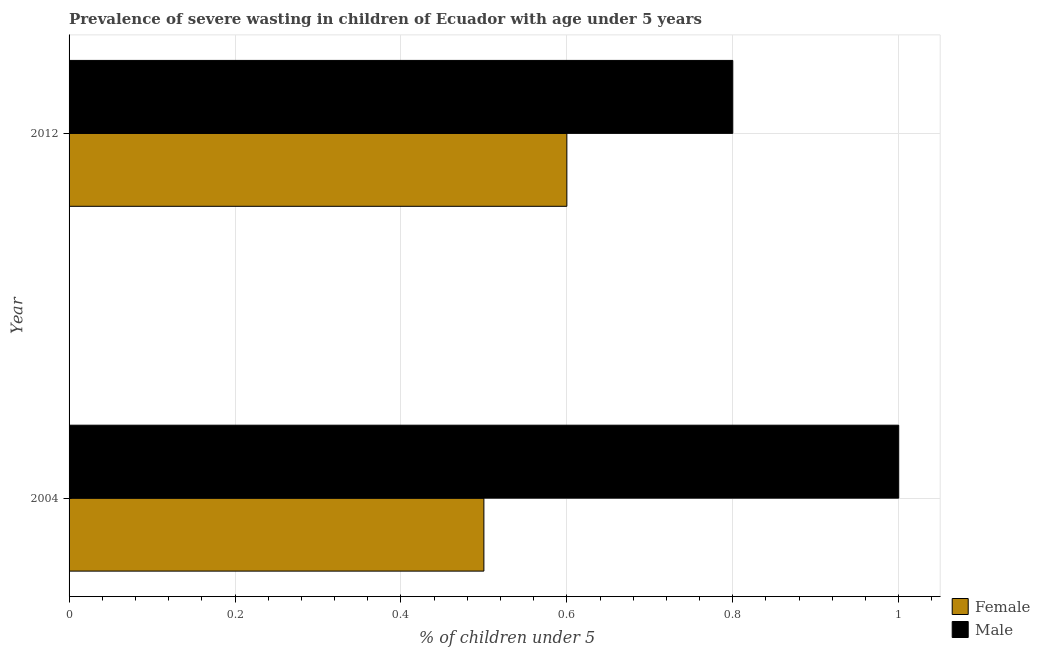
| Year | Female | Male |
 | --- | --- | --- |
 | 2004 | 0.5 | 1 |
 | 2012 | 0.6 | 0.8 |